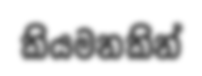
කියමනකින්